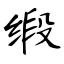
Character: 缎